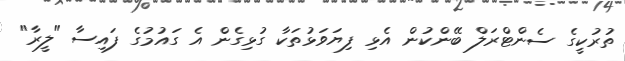
ތުރުކީގެ ސެންޓްރަލް ބޭންކުން އެޅި ފިޔަވަޅުތަކާ ގުޅިގެން އެ ގައުމުގެ ފައިސާ "ލީރާ"